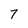
Character: 7